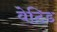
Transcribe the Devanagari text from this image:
वेटिड